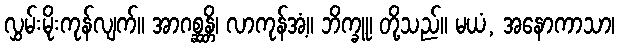
လွှမ်းမိုးကုန်လျက်။ အာဂစ္ဆန္တိ၊ လာကုန်အံ့။ ဘိက္ခူ၊ တို့သည်။ မယံ, အနောကာသာ၊